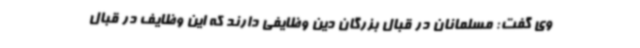
وی گفت: مسلمانان در قبال بزرگان دین وظایفی دارند که این وظایف در قبال